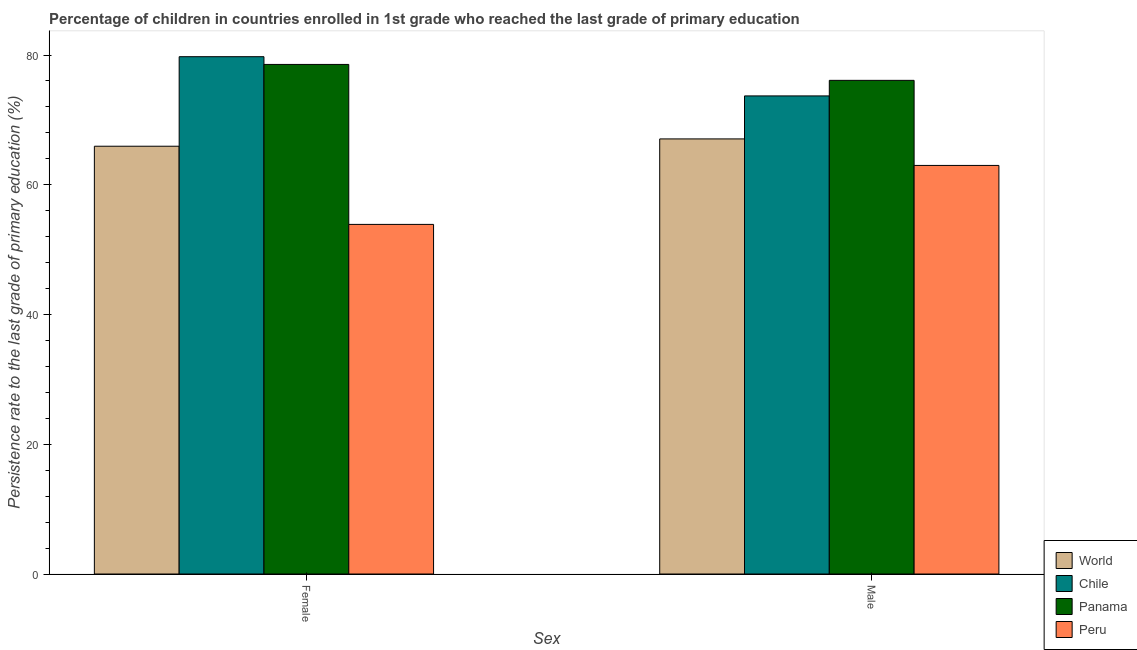
| Sex | World | Chile | Panama | Peru |
 | --- | --- | --- | --- | --- |
 | Female | 65.9 | 79.7 | 78.6 | 53.9 |
 | Male | 67.1 | 73.7 | 76.1 | 63 |